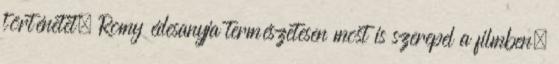
történetet. Romy édesanyja természetesen most is szerepel a filmben,